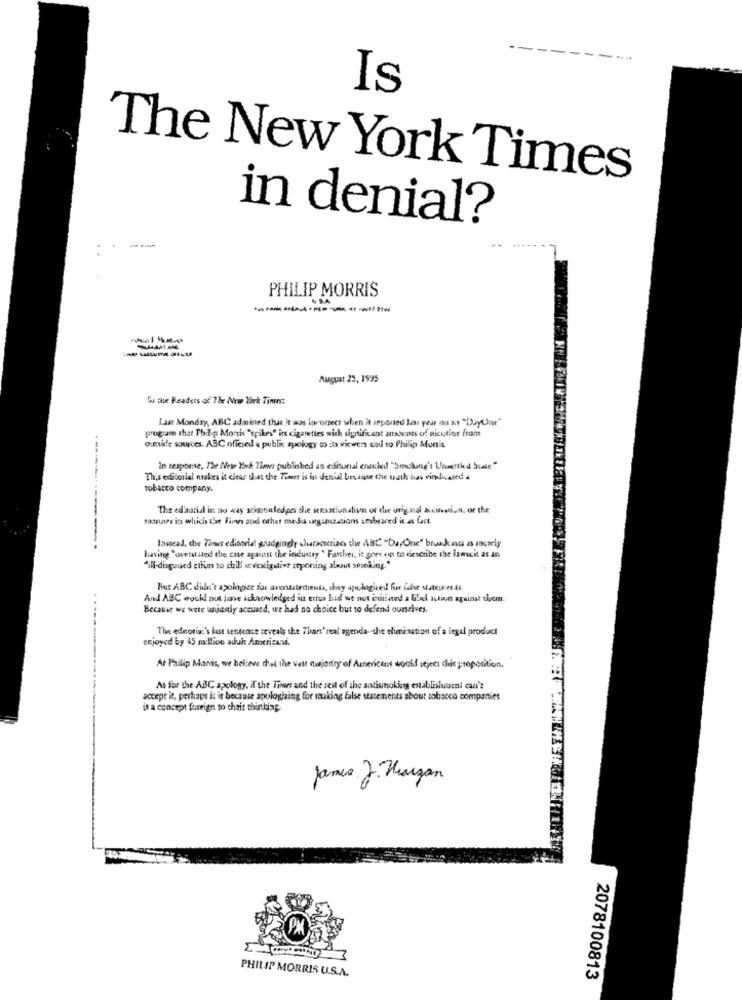
Is
The New York Times
in denial?
PHILIP MORRIS
MAMAN
August 25, 1595
Su the Readers of 78r New York Times:
Last Monday, ABC admisted that it was lororecr when it reported last year do It "DuyUne"
program that Philip Morris "spikes" its cigarettes with significant amounts of nicutite from
outside sources. ABC offered & public apology to its viewers sad to Philip Morris
In response, The Mese York Times published an editorial ensched "Smiling's Unsettled bible"
This editorial ntakes it clear that the Times is in denial because the uuth ias vindicated a
tobacco company.
The ed'auria in no way acknowledges the sensatiutialive of the urigtal accusation. or the
samnas is which the Times and other media ungansections ambrared it as fact.
--------
lavead, che Tireer editorial grudgingly sicacterizos the ABC -DayOne" bruakast as increly
having "overstated the case against the industry " Farther, it goes on to describe the limit as in
"il-disguised cifun to chill seexigetive iponing about smoking.
But ABC didn't apologize for avenstatements, they apologized fur die statewes.A.
And ABC wucht out jme acknowledged its ertus had we not initiated a bibel action against tion.
Because we were unjustly accused, we had no choice but to defend ourselves.
The ednorisi's last sentence reveals the Thaes' real agenda -- the elimination of a legal product
enjoyed by 45 million adult Americani.
At Philip Morris, we believe it at the west fusjonity of Americans would object die proposition.
As for the ABC apology, il the Times and the rest of the satismoking establishuuml can't
accept it, perhaps it is because apologiaing for making false statements about tobacco companies
is a concept foreign to chair thinking.
James J. Horgan
PHILIP MORRIS U.S.A.
2078100813